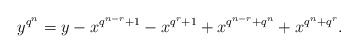
\begin{align*} y^{q^n}=y-x^{q^{n-r}+1}-x^{q^r+1}+x^{q^{n-r}+q^n}+x^{q^n+q^r}.\end{align*}